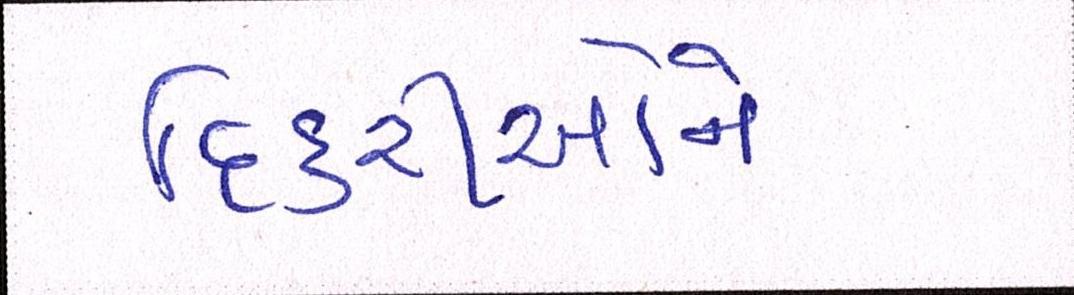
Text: દિકરીઓને